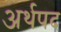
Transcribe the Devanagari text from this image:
अर्थपद